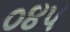
૦૪૫